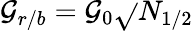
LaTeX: \mathcal{G}_{r/b}=\mathcal{G}_{0}\sqrt{}{{N_{1/2}}}